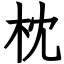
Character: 枕